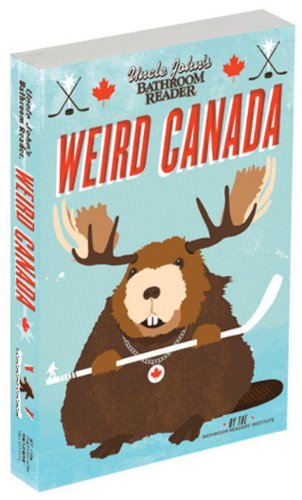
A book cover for Uncle John's Bathroom Reader Weird Canada; Bathroom Readers' Institute; Humor & Entertainment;